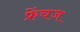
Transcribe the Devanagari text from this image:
फ्रेंचज